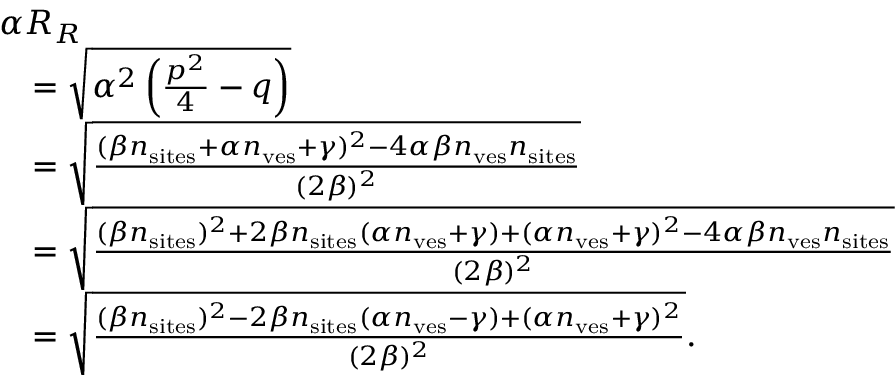
\begin{array} { r l } { \lefteqn { \alpha R _ { R } } } \\ & { = \sqrt { \alpha ^ { 2 } \left( \frac { p ^ { 2 } } { 4 } - q \right) } } \\ & { = \sqrt { \frac { ( \beta n _ { \mathrm { s i t e s } } + \alpha n _ { \mathrm { v e s } } + \gamma ) ^ { 2 } - 4 \alpha \beta n _ { \mathrm { v e s } } n _ { \mathrm { s i t e s } } } { ( 2 \beta ) ^ { 2 } } } } \\ & { = \sqrt { \frac { ( \beta n _ { \mathrm { s i t e s } } ) ^ { 2 } + 2 \beta n _ { \mathrm { s i t e s } } ( \alpha n _ { \mathrm { v e s } } + \gamma ) + ( \alpha n _ { \mathrm { v e s } } + \gamma ) ^ { 2 } - 4 \alpha \beta n _ { \mathrm { v e s } } n _ { \mathrm { s i t e s } } } { ( 2 \beta ) ^ { 2 } } } } \\ & { = \sqrt { \frac { ( \beta n _ { \mathrm { s i t e s } } ) ^ { 2 } - 2 \beta n _ { \mathrm { s i t e s } } ( \alpha n _ { \mathrm { v e s } } - \gamma ) + ( \alpha n _ { \mathrm { v e s } } + \gamma ) ^ { 2 } } { ( 2 \beta ) ^ { 2 } } } . } \end{array}